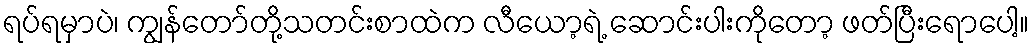
ရပ်ရမှာပဲ၊ ကျွန်တော်တို့သတင်းစာထဲက လီယော့ရဲ့ ဆောင်းပါးကိုတော့ ဖတ်ပြီးရောပေါ့။